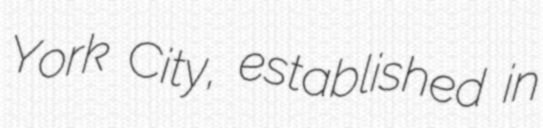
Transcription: York City, established in